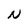
Character: N